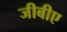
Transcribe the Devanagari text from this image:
जीबीए